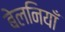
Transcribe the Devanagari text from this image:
बेलनियाँ